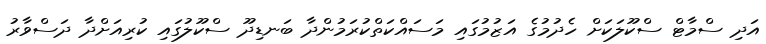
އަދި ސްމާޓް ސްކޫލަކަށް ހެދުމުގެ އަޒުމުގައި މަސައްކަތްކުރަމުންދާ ބަނޑިދޫ ސްކޫލުގައި ކުރިއަށްދާ ދަސްވާރު